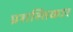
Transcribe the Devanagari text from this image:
प्रशस्तिकार